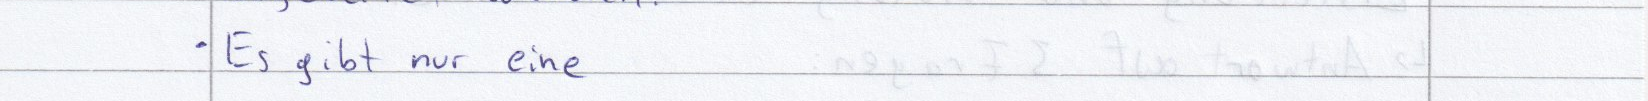
Es gibt nur eine